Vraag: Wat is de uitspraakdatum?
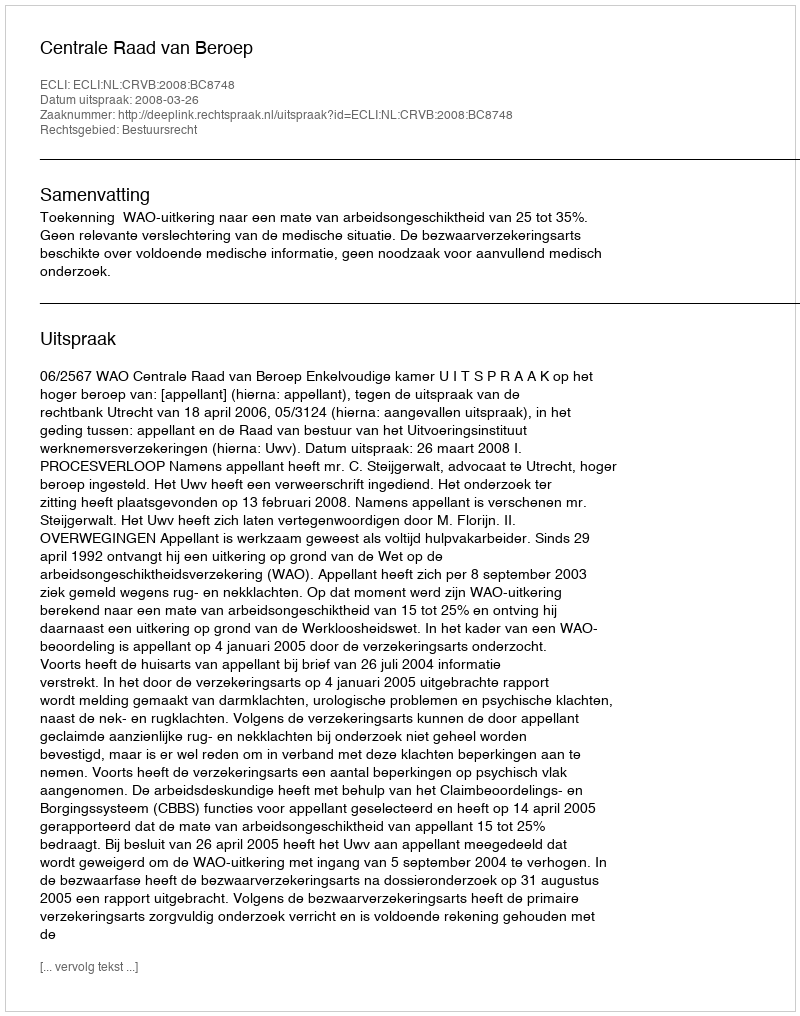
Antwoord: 2008-03-26